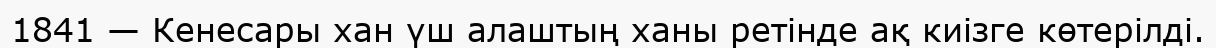
1841 — Кенесары хан үш алаштың ханы ретінде ақ киізге көтерілді.